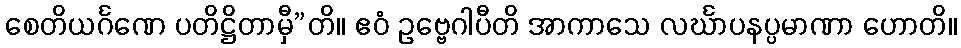
စေတိယင်္ဂဏေ ပတိဋ္ဌိတာမှီ”တိ။ ဧဝံ ဥဗ္ဗေဂါပီတိ အာကာသေ လင်္ဃာပနပ္ပမာဏာ ဟောတိ။